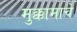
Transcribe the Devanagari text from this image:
मुक्कामाचे